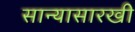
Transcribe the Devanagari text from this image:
सान्यासारखी